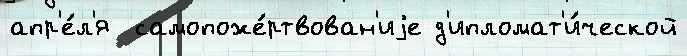
апр'е́л'я  самопоже́ртвован'иjе д'ипломат'и́ческой